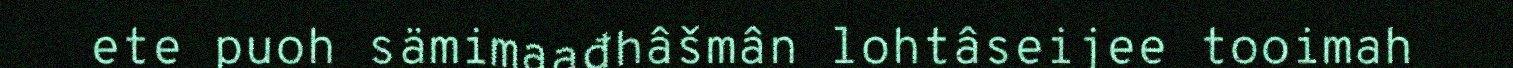
ete puoh sämimaađhâšmân lohtâseijee tooimah